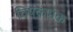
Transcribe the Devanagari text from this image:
विषकंभक